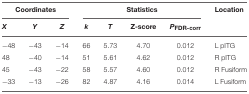
<table><thead><tr><td colspan="3"><b>Coordinates</b></td><td colspan="4"><b>Statistics</b></td><td><b>Location</b></td></tr><tr><td><b><i>X</i></b></td><td><b><i>Y</i></b></td><td><b><i>Z</i></b></td><td><b><i>k</i></b></td><td><b><i>T</i></b></td><td><b>Z-score</b></td><td><b><i>P</i><sub>FDR−corr</sub></b></td><td></td></tr></thead><tbody><tr><td>−48</td><td>−43</td><td>−14</td><td>66</td><td>5.73</td><td>4.70</td><td>0.012</td><td>L pITG</td></tr><tr><td>48</td><td>−40</td><td>−14</td><td>51</td><td>5.61</td><td>4.62</td><td>0.012</td><td>R pITG</td></tr><tr><td>45</td><td>−43</td><td>−22</td><td>58</td><td>5.57</td><td>4.60</td><td>0.012</td><td>R Fusiform</td></tr><tr><td>−33</td><td>−13</td><td>−26</td><td>82</td><td>4.87</td><td>4.16</td><td>0.014</td><td>L Fusiform</td></tr></tbody></table>